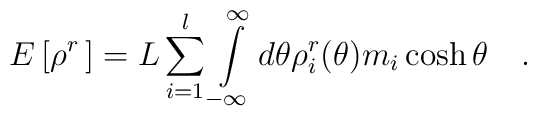
E\left[ \rho ^{r}\,\right] =L\sum\limits_{i=1}^{l}\int\limits_{-\infty}^{\infty }d\theta \rho _{i}^{r}(\theta )m_{i}\cosh  \theta \quad .